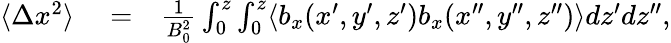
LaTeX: \begin{array}{rlr}{\langle\Delta x^{2}\rangle}&{{}=}&{\frac{1}{B_{0}^{2}}\int_{0}^{z}\int_{0}^{z}\langle b_{x}(x^{\prime},y^{\prime},z^{\prime})b_{x}(x^{\prime\prime},y^{\prime\prime},z^{\prime\prime})\rangle dz^{\prime}dz^{\prime\prime},}\end{array}